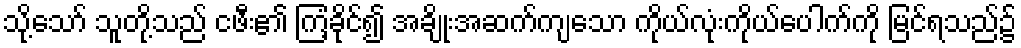
သို့သော် သူတို့သည် ငဖီး၏ ကြံ့ခိုင်၍ အချိုးအဆက်ကျသော ကိုယ်လုံးကိုယ်ပေါက်ကို မြင်ရသည်၌